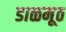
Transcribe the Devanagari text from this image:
डाळमूठ